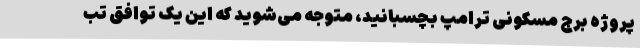
پروژه برج مسکونی ترامپ بچسبانید، متوجه می‌شوید که این یک توافق تب